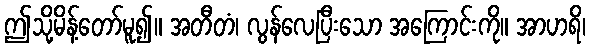
ဤသို့မိန့်တော်မူ၍။ အတီတံ၊ လွန်လေပြီးသော အကြောင်းကို။ အာဟရိ၊